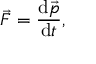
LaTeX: { \vec { F } } = { \frac { \mathrm { d } { \vec { p } } } { \mathrm { d } t } } ,